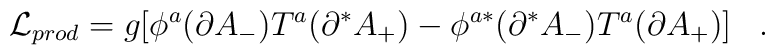
{\cal L}_{prod} = g[ \phi^a (\partial A_-)T^a(\partial^*   A_+) - \phi^{a *}(\partial^* A_-)T^a (\partial A_+) ] \;\;\;.